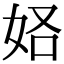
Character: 𫰚